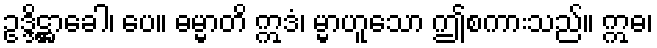
ဥဒ္ဒိဋ္ဌာခေါ၊ ပေ။ ဓမ္မာတိ ဣဒံ၊ မ္မာဟူသော ဤစကားသည်။ ဣဓ၊